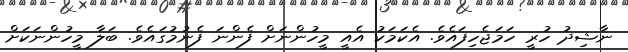
ނާޝިދު ހުރީ ހަމަޖެހިފައެވެ. އެކަމަކު އެއީ މީހުންނަށް ފެންނަ ފެނުމުގައެވެ. ބަލާ މީހުންނަކަށް